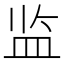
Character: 监